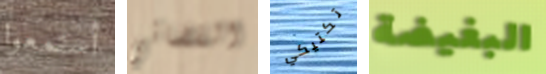
أستمعوا القضائي تكتيكي البغيضة